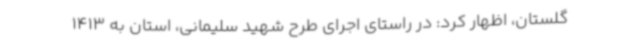
گلستان، اظهار کرد: در راستای اجرای طرح شهید سلیمانی، استان به 1413